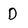
Character: D